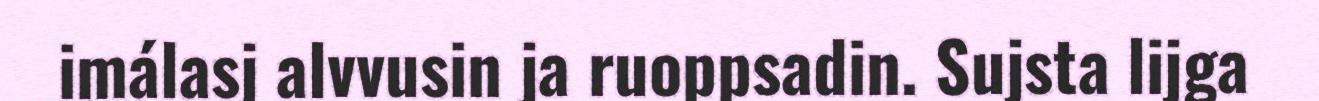
imálasj alvvusin ja ruoppsadin. Sujsta lijga